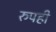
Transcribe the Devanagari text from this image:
रुपही